Indian journal of veterinary science and animal husbandry - Volume 7,
Year: 1937
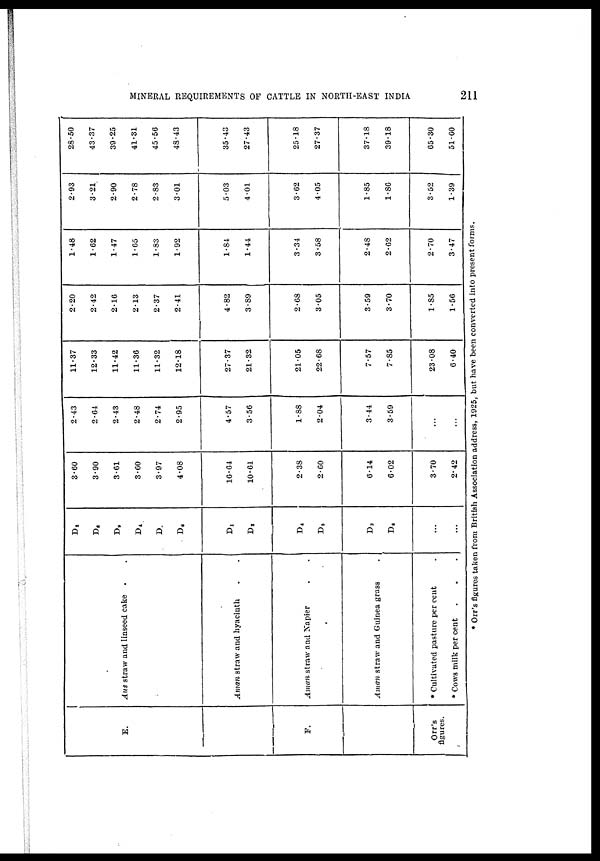
MINERAL REQUIREMENTS OF CATTLE IN NORTH-EAST INDIA
211
E.
F.
Orr's
figures.
Aus straw and linseed cake . .
Aman straw and hyacinth . .
Aman straw and Napier . .
Aman straw and Guinea grass .
* Cultivated pasture per cent .
* Cows milk per cent . . .
D 3
D 8
D 9
D 4
D 5
D 6
D1
D 2
D 4
D 5
D 3
D 6
...
...
3.60
3.90
3.61
3.60
3.97
4.08
16.64
10.61
2.38
2.60
6.14
6.02
3.70
2.42
2.43
2.64
2.43
2.48
2.74
2.95
4.57
3.56
1.88
2.04
3.44
3.59
...
...
11.37
12.33
11.42
11.36
11.32
12.18
27.37
21.32
21.05
22.68
7.57
7.85
23.08
6.40
2.20
2.42
2.16
2.13
2.37
2.41
4.82
3.89
2.68
3.05
3.59
3.70
1.85
1.56
1.48
1.62
1.47
1.65
1.83
1.92
1.84
1.4.1
3.34
3.58
2.48
2.62
2.70
3.47
2.93
3.21
2.90
2.78
2.83
3.01
5.03
4.01
3.62
4.05
1.85
1.86
3.52
1.39
28.50
43.37
39.25
41.31
45.56
48.43
35.43
27.43
25.18
27.37
37.18
39.18
65.30
51.60
* Orr's figures taken from British Association address, 1925, but have been converted into present forms.